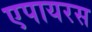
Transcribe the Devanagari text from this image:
एपायरस